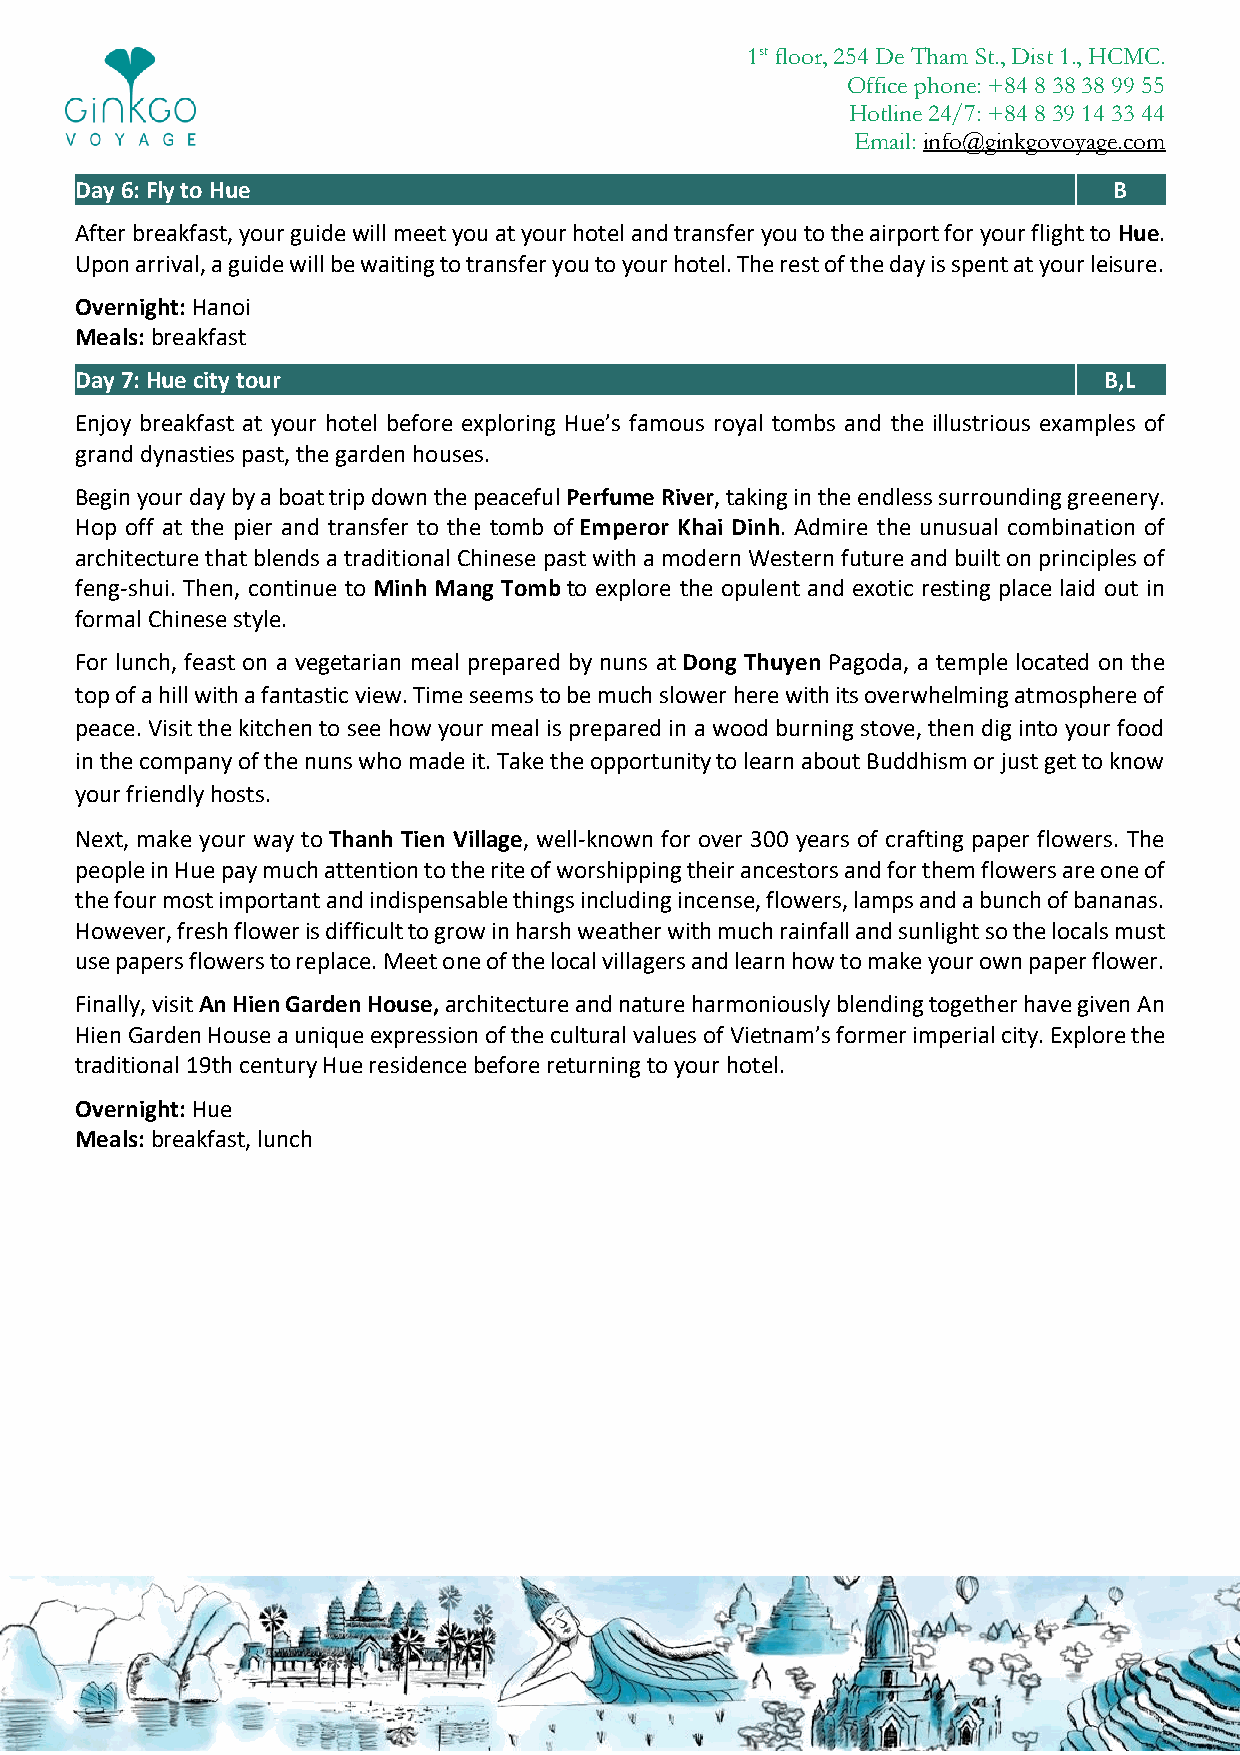
1st floor, 254 De Tham St., Dist 1., HCMC.
 Office phone: +84 8 38 38 99 55
 Hotline 24/7: +84 8 39 14 33 44
 Email: info@ginkgovoyage.com
 Day 6: Fly to Hue                                                    B
 After breakfast, your guide will meet you at your hotel and transfer you to the airport for your flight to Hue.
 Upon arrival, a guide will be waiting to transfer you to your hotel. The rest of the day is spent at your leisure.
 Overnight: Hanoi
 Meals: breakfast
 Day 7: Hue city tour                                                B,L
 Enjoy breakfast at your hotel before exploring Hue’s famous royal tombs and the illustrious examples of
 grand dynasties past, the garden houses.
 Begin your day by a boat trip down the peaceful Perfume River, taking in the endless surrounding greenery.
 Hop off at the pier and transfer to the tomb of Emperor Khai Dinh. Admire the unusual combination of
 architecture that blends a traditional Chinese past with a modern Western future and built on principles of
 feng-shui. Then, continue to Minh Mang Tomb to explore the opulent and exotic resting place laid out in
 formal Chinese style.
 For lunch, feast on a vegetarian meal prepared by nuns at Dong Thuyen Pagoda, a temple located on the
 top of a hill with a fantastic view. Time seems to be much slower here with its overwhelming atmosphere of
 peace. Visit the kitchen to see how your meal is prepared in a wood burning stove, then dig into your food
 in the company of the nuns who made it. Take the opportunity to learn about Buddhism or just get to know
 your friendly hosts.
 Next, make your way to Thanh Tien Village, well-known for over 300 years of crafting paper flowers. The
 people in Hue pay much attention to the rite of worshipping their ancestors and for them flowers are one of
 the four most important and indispensable things including incense, flowers, lamps and a bunch of bananas.
 However, fresh flower is difficult to grow in harsh weather with much rainfall and sunlight so the locals must
 use papers flowers to replace. Meet one of the local villagers and learn how to make your own paper flower.
 Finally, visit An Hien Garden House, architecture and nature harmoniously blending together have given An
 Hien Garden House a unique expression of the cultural values of Vietnam’s former imperial city. Explore the
 traditional 19th century Hue residence before returning to your hotel.
 Overnight: Hue
 Meals: breakfast, lunch